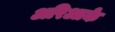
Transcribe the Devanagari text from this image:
अरिआके